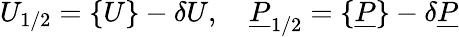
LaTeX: U_{1/2}=\{ U\} -\delta U,\quad\underline{{P}}_{1/2}=\{ \underline{{P}}\} -\delta\underline{{P}}